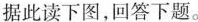
据此读下图，回答下题。